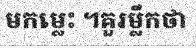
មកម្លេះ ។គួរម្លឹកថា